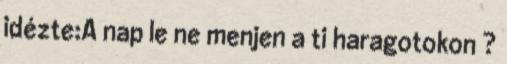
idézte:A nap le ne menjen a ti haragotokon ?